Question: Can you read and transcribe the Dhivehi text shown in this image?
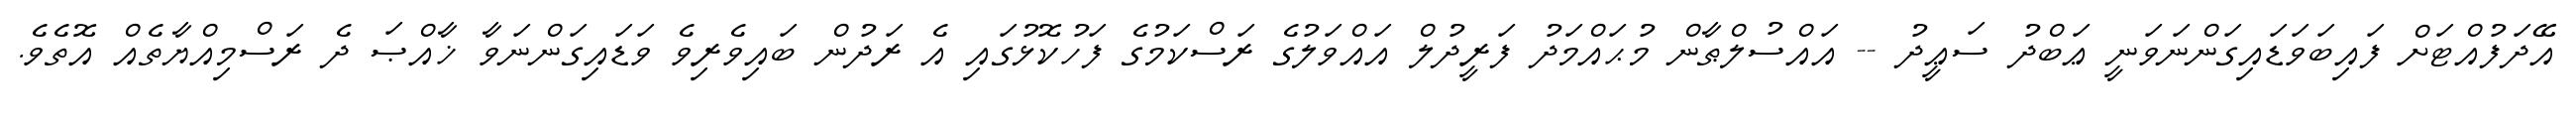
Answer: އޭދަފުއްޓަށް ފައިބަވަޑައިގަންނަވަނީ ޢަބްދު ސަޢީދު -- އައްސުލްޠާން މުޙައްމަދު ފަރީދުލް އައްވަލުގެ ރަސްކަމުގެ ފަހުކޮޅުގައި އެ ރަދުން ބައިވެރިވެ ވަޑައިގަންނަވާ ޚާއްޞަ ދެ ރަސްމިއްޔާތެއް އޮތެވެ.